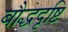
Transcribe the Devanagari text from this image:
बौद्धदृष्टि